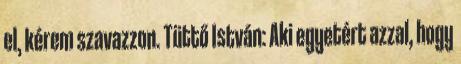
el, kérem szavazzon. Tüttő István: Aki egyetért azzal, hogy